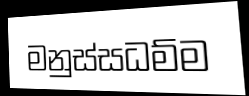
මනුස්සධම්ම